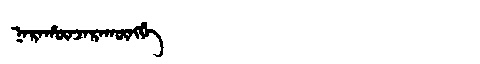
Manchu: ᠨᠠᡵᠠᡥᡡᠨᠵᠠᡵᠠᡴᡡᠩᡤᡝ
Romanization: NARAHŪNJARAKŪNGGE